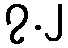
၇.၂